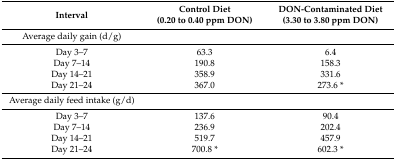
<table><thead><tr><td><b>Interval</b></td><td><b>Control Diet (0.20 to 0.40 ppm DON)</b></td><td><b>DON-Contaminated Diet (3.30 to 3.80 ppm DON)</b></td></tr></thead><tbody><tr><td>Average daily gain (d/g)</td><td></td><td></td></tr><tr><td>Day 3–7</td><td>63.3 </td><td>6.4 </td></tr><tr><td>Day 7–14</td><td>190.8 </td><td>158.3 </td></tr><tr><td>Day 14–21</td><td>358.9 </td><td>331.6 </td></tr><tr><td>Day 21–24</td><td>367.0 </td><td>273.6 *</td></tr><tr><td>Average daily feed intake (g/d)</td><td></td><td></td></tr><tr><td>Day 3–7</td><td>137.6 </td><td>90.4 </td></tr><tr><td>Day 7–14</td><td>236.9 </td><td>202.4 </td></tr><tr><td>Day 14–21</td><td>519.7 </td><td>457.9 </td></tr><tr><td>Day 21–24</td><td>700.8 * </td><td>602.3 *</td></tr></tbody></table>